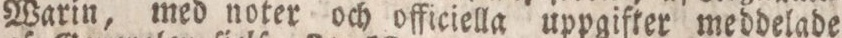
Warin, med noter och officiella uppgifter meddelade